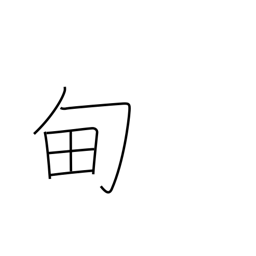
Meaning: region around the imperial capital